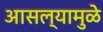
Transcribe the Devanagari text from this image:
आसल्‍यामुळे